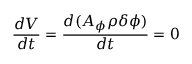
\frac { d V } { d t } = \frac { d ( A _ { \phi } \rho \delta \phi ) } { d t } = 0